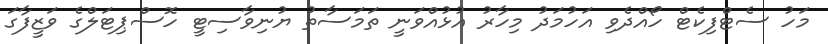
މަހު ސެޓްފިކެޓް ހޯއްދެވި އަހުމަދު މިހާރު އުޅުއްވަނީ ތަމަސާތު ޔުނިވާސިޓީ ހޮސްޕިޓަލްގެ ވަޒީފާގަ